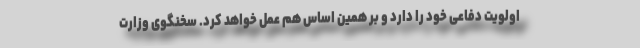
اولویت دفاعی خود را دارد و بر همین اساس هم عمل خواهد کرد. سخنگوی وزارت